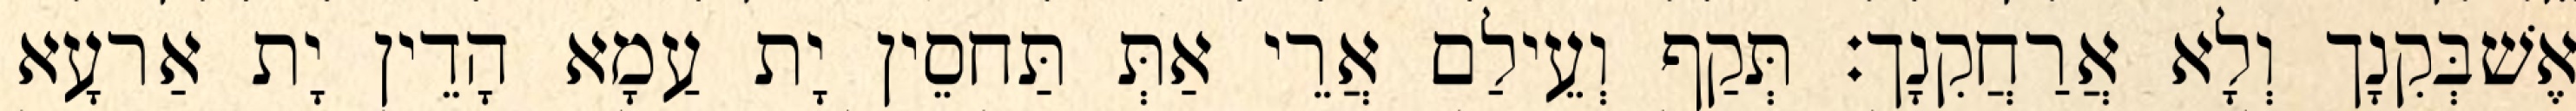
אֶשׁבְּקִנָך וְלָא אֲרַחֲקִנָך׃ תְּקַף וְעֵילַם אֲרֵי אַתְּ תַּחסֵין יָת עַמָא הָדֵין יָת אַרעָא